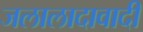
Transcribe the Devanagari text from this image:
जलालादावादी